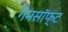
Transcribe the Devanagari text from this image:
गेमसॉफ्ट